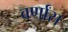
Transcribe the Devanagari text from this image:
वर्णांस